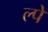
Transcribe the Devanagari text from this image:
ल्पे